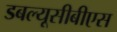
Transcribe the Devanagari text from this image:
डबल्यूसीबीएस